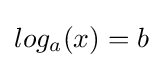
log_{a}(x)=b